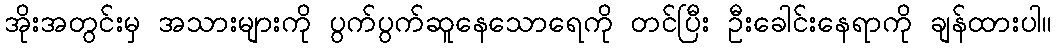
အိုးအတွင်းမှ အသားများကို ပွက်ပွက်ဆူနေသောရေကို တင်ပြီး ဦးခေါင်းနေရာကို ချန်ထားပါ။